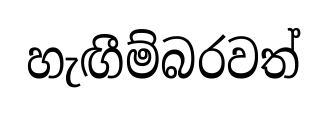
හැඟීම්බරවත්